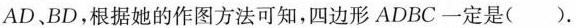
AD BD，根据她的作图方法可知，四边形ADBC一定是()。